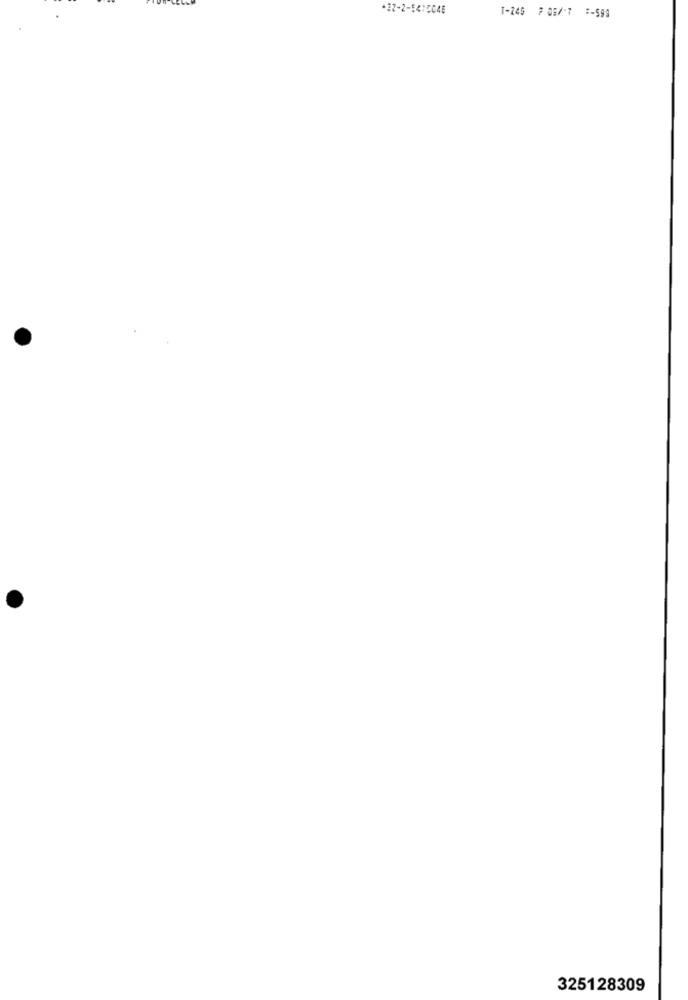
+22-2-5415048
T-245 7 05/7 -599
325128309